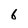
Character: 6